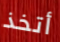
أتخذ